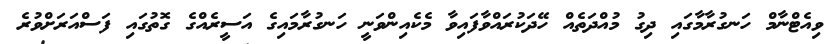
ވިއެޓްނާމް ހަނގުރާމާގައި ދިގު މުއްދަތެއް ހޭދަކުރައްވާފައިވާ މެކެއިންވަނީ ހަނގުރާމައިގެ އަސީރެއްގެ ގޮތުގައި ފަސްއަރަށްވުރެ